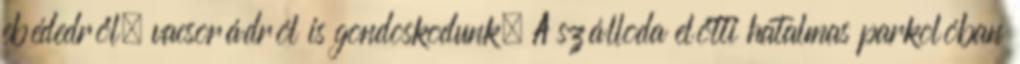
ebédedről, vacsorádról is gondoskodunk. A szálloda előtti hatalmas parkolóban